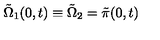
\tilde { \Omega } _ { 1 } ( 0 , t ) \equiv \tilde { \Omega } _ { 2 } = \tilde { \pi } ( 0 , t )